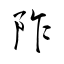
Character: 阼